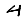
Digit: 4